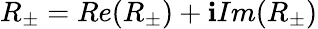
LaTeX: R_{\pm}=Re(R_{\pm})+\mathbf{i}Im(R_{\pm})